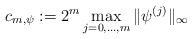
LaTeX: \begin{align*} c_{m,\psi}:= 2^m\max\limits_{j=0,...,m}\|\psi^{(j)}\|_{\infty}\end{align*}